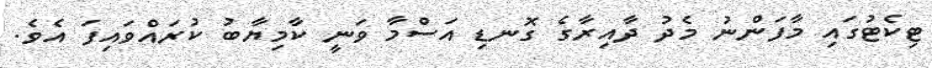
ޓިކެޓުގައި މާފަންނު މެދު ދާއިރާގެ ގޮނޑި އަސްމާ ވަނީ ކާމިޔާބު ކުރައްވައިފަ އެވެ.